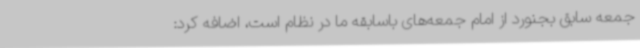
جمعه سابق بجنورد از امام جمعه‌های باسابقه ما در نظام است، اضافه کرد: